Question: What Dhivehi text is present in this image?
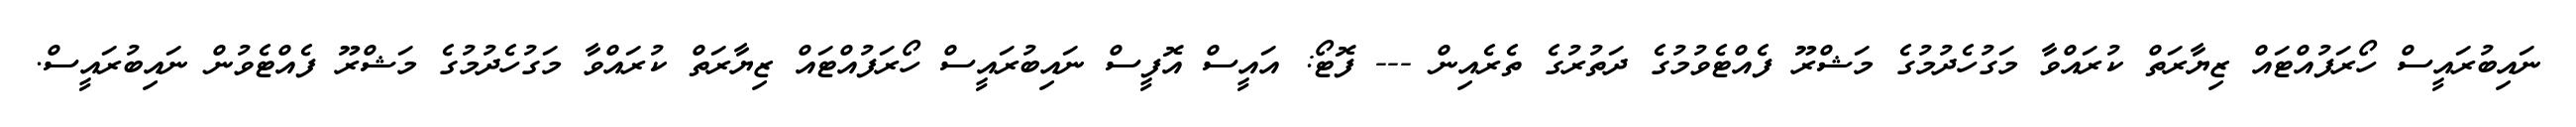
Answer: ނައިބުރައީސް ހޯރަފުއްޓައް ޒިޔާރަތް ކުރައްވާ މަގުހެދުމުގެ މަޝްރޫ ފެއްޓެވުމުގެ ދަތުރުގެ ތެރެއިން --- ފޮޓޯ: އައީސް އޮފީސް ނައިބުރައީސް ހޯރަފުއްޓައް ޒިޔާރަތް ކުރައްވާ މަގުހެދުމުގެ މަޝްރޫ ފެއްޓެވުން ނައިބުރައީސް.